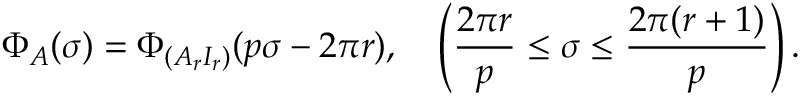
\Phi _ { { \cal A } } ( \sigma ) = \Phi _ { ( A _ { r } I _ { r } ) } ( p \sigma - 2 \pi r ) , ~ ~ ~ \left( \frac { 2 \pi r } { p } \leq \sigma \leq \frac { 2 \pi ( r + 1 ) } { p } \right) .